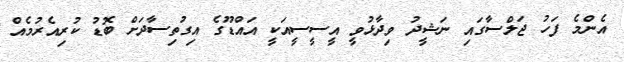
އެންމެ ފަހު ޖަލްސާގައި ނަޝީދު ވިދާޅުވީ އީސީސީއަކީ އައްޑޫގެ އިގުތިސާދަށް ބޮޑު ކުރިއެރުމެއް